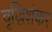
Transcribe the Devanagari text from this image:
वृद्धिशंकर